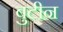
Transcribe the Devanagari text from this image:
बुटीन